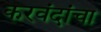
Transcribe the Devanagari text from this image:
करवंदांचा